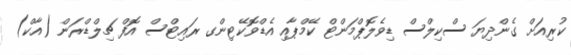
ކުރިއަށް ގެންދިޔަ ސްކިލްސް ޑިވެލޮޕްމަންޓް ކޭމްޕާއި އެޑްވޮކޭޓިންގ ރައިޓްސް އޮފް ޗިލްޑްރަން (އާކް)